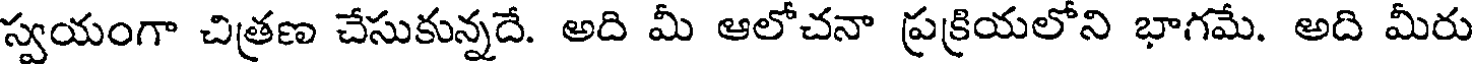
స్వయంగా చిత్రణ చేసుకున్నదే. అది మీ ఆలోచనా ప్రక్రియలోని భాగమే. అది మీరు